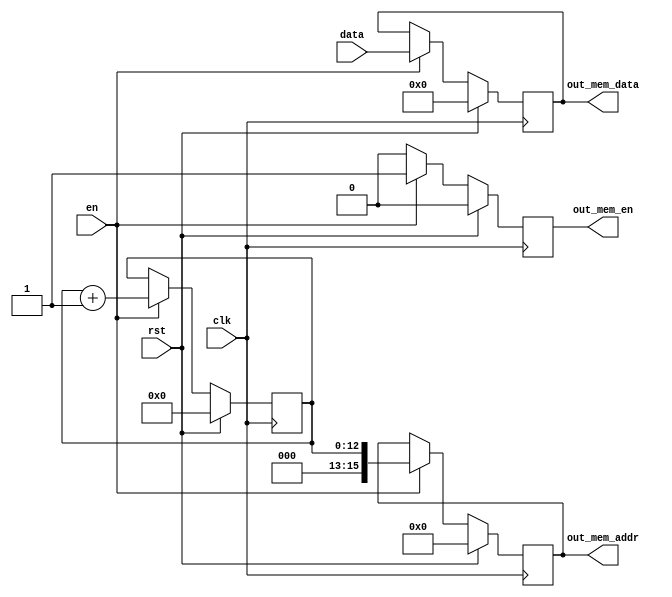
`ifndef _include_writeback_
`define _include_writeback_

module Writeback (
        input  wire [17:0] data,
        input  wire        en,
        
        output reg  [17:0] out_mem_data,
        output reg  [15:0] out_mem_addr,
        output reg         out_mem_en,

        input  wire clk,
        input  wire rst
    );

    reg [12:0] output_counter;

    always @(posedge clk) begin
        if (rst) begin
            output_counter <= 0;
            out_mem_data <= 0;
            out_mem_addr <= 0;
            out_mem_en <= 0;
        end else if (en) begin
            $display("Writeback: %d <-- %d", output_counter, data);
            out_mem_data <= data;
            out_mem_addr <= output_counter;
            out_mem_en <= 1;
            output_counter <= output_counter + 1;
        end else if (out_mem_en) begin
            out_mem_en <= 0;
        end
    end
endmodule
`endif // _include_writeback_